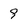
Character: 9